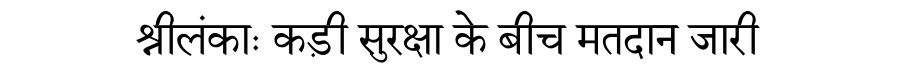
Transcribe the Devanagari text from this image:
श्रीलंकाः कड़ी सुरक्षा के बीच मतदान जारी